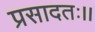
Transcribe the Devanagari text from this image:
प्रसादतः।।